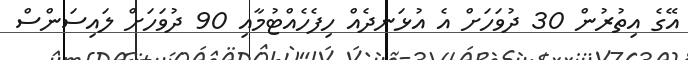
އޭގެ އިތުރުން 30 ދުވަހަށް އެ އުޅަނދެއް ހިފެހެއްޓުމާއި 90 ދުވަހަށް ލައިސަންސް